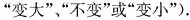
进行测试，6次跳远的成绩如下(单位：